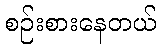
စဉ်းစားနေတယ်